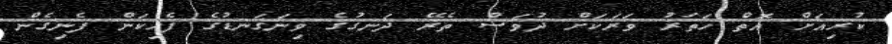
ކުރިއަށް އޮތް ހަތަރު ވަރަކަށް ދުވަސް ތެރޭ ދަނގުގެ ވިނަގަނޑުގެ ފެހިކަން ފެނިގެން